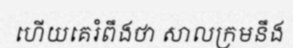
ហើយគេរំពឹងថា សាលក្រមនឹង